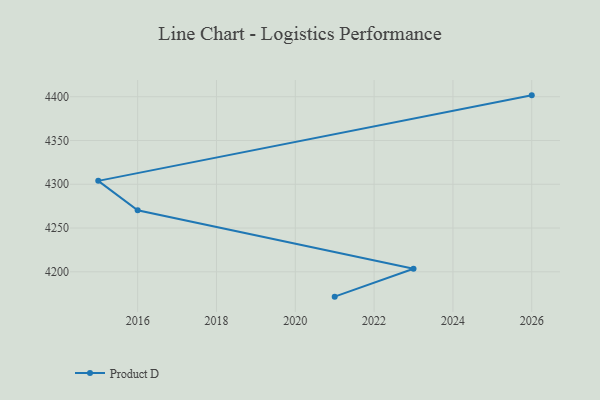
{"axis": {"x": "Year", "y": "Net Income (USD K)"}, "legend": ["Product D"], "data": [{"x": "2021", "y": 4171.6, "type": "Product D"}, {"x": "2023", "y": 4203.5, "type": "Product D"}, {"x": "2016", "y": 4270.3, "type": "Product D"}, {"x": "2015", "y": 4303.9, "type": "Product D"}, {"x": "2026", "y": 4401.6, "type": "Product D"}]}